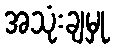
အသုံးချမှု